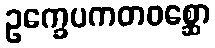
ဥက္ခေပကတဝစ္ဆော